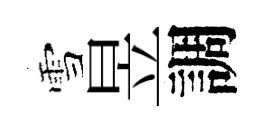
雪昱調